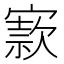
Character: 𡪡